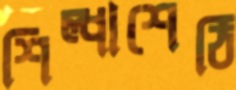
শিল্পাশেঠি